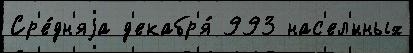
Ср'е́дн'яjа д'екабр'я́ 993 нас'ел'́нных